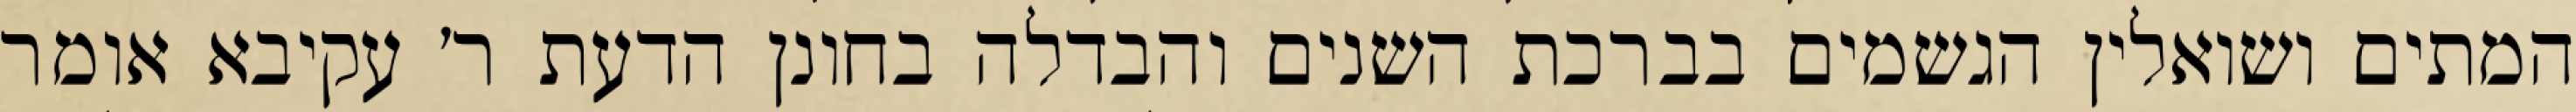
המתים ושואלין הגשמים בברכת השנים והבדלה בחונן הדעת ר׳ עקיבא אומר